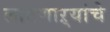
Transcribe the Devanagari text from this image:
लावणाऱ्यांचे